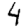
Digit: 4